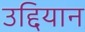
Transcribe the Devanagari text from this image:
उद्दियान